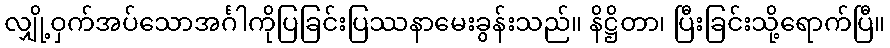
လျှို့ဝှက်အပ်သောအင်္ဂါကိုပြခြင်းပြဿနာမေးခွန်းသည်။ နိဋ္ဌိတာ၊ ပြီးခြင်းသို့ရောက်ပြီ။